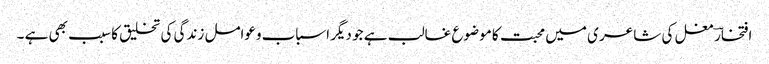
افتخارؔ مغل کی شاعر ی میں محبت کا موضوع غالب ہے جو دیگر اسباب وعوامل زندگی کی تخلیق کا سبب بھی ہے ۔